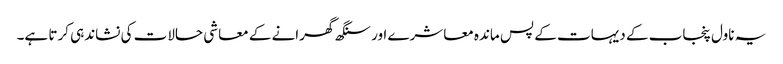
یہ ناول پنجاب کے دیہات کے پس ماندہ معاشرے اور سنگھ گھرانے کے معاشی حالات کی نشاندہی کرتا ہے۔